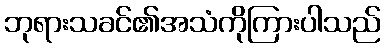
ဘုရားသခင်၏အသံကိုကြားပါသည်